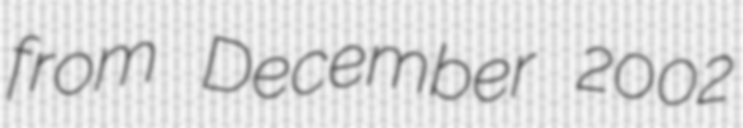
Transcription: from December 2002